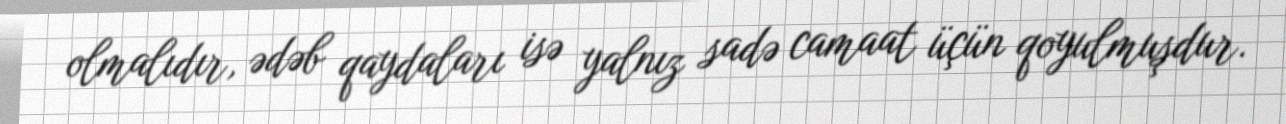
olmalıdır, ədəb qaydaları isə yalnız sadə camaat üçün qoyulmuşdur.